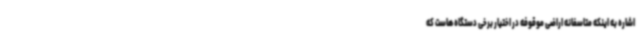
اشاره به اینکه متاسفانه اراضی موقوفه در اختیار برخی دستگاه هاست که